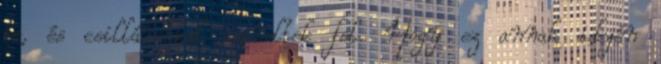
be, és csillárokkal szereltek fel. Hogy ez annak idején